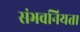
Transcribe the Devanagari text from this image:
संभवनियता